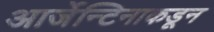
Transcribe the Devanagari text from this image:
आर्जेन्टिनाकडून